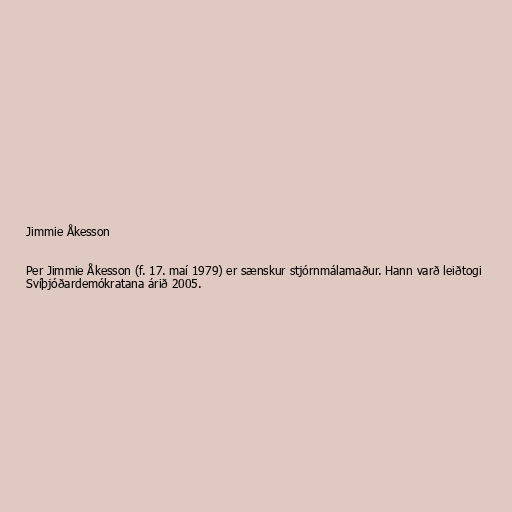
Jimmie Åkesson

Per Jimmie Åkesson (f. 17. maí 1979) er sænskur stjórnmálamaður. Hann varð leiðtogi
Svíþjóðardemókratana árið 2005.